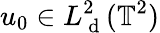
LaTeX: u_{0}\in L_{\mathrm{~d~}}^{2}(\mathbb{T}^{2})